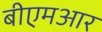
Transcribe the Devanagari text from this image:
बीएमआर